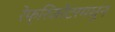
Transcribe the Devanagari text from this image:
रेफ्रिजरेटरमधून